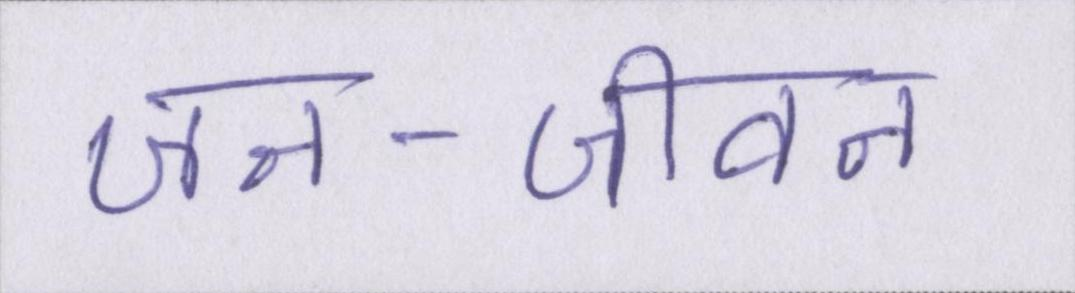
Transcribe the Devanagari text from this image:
जन-जीवन